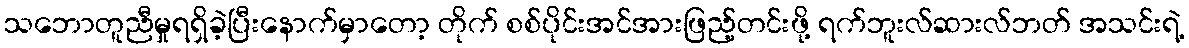
သဘောတူညီမှုရရှိခဲ့ပြီးနောက်မှာတော့ တိုက် စစ်ပိုင်းအင်အားဖြည့်တင်းဖို့ ရက်ဘူးလ်ဆားလ်ဘတ် အသင်းရဲ့